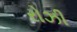
રોઝી